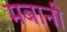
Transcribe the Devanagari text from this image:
मबानी